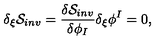
\delta _ { \xi } { \cal S } _ { i n v } = { \frac { \delta { \cal S } _ { i n v } } { \delta \phi _ { I } } } \delta _ { \xi } \phi ^ { I } = 0 ,